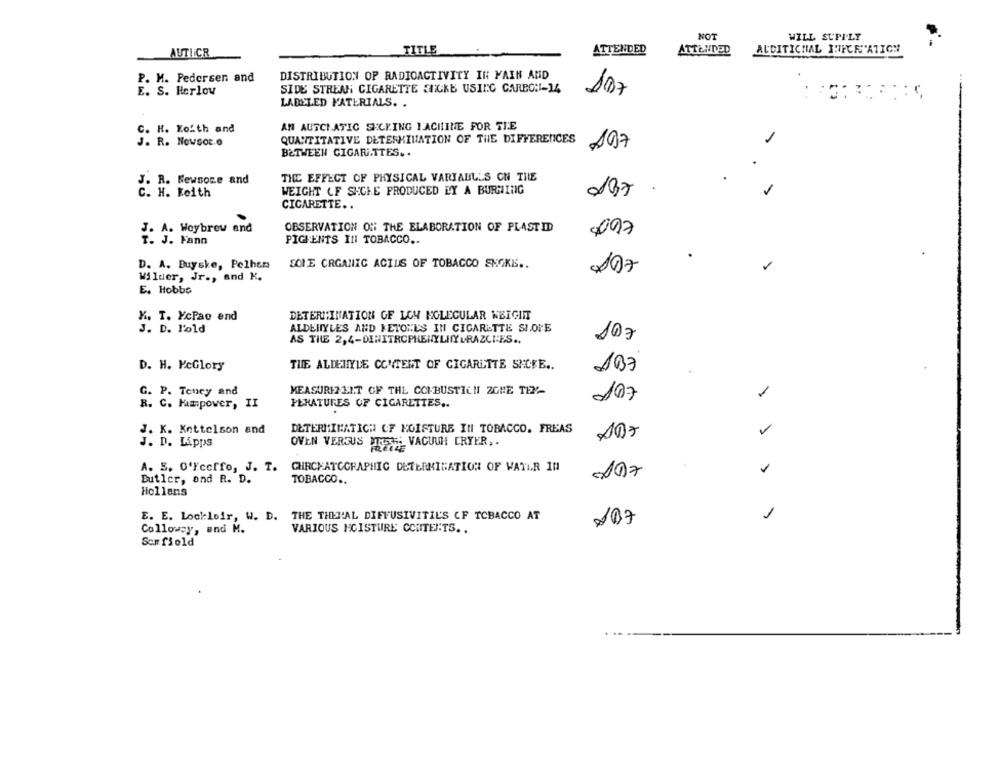
NOT
WILL SUPPLY
AUTIiCR
TITLE
ATTENDED
ATTENDED
AUDITICHAL HICE ATION
DISTRIBUTION OF RADIOACTIVITY IN PAIN AND
P. M. Pedersen and
E. S. Herlow
SIDE STREN CIGARETTE ENCKE USING CARBONI-14
107
LADELED MATERIALS. .
C. H. Koith and
AN AUSCIATIC SECKING LACHINE FOR TIE
QUANTITATIVE DETERMINATION OF THE DIFFERENCES
J. R. Nowsot.O
197
BETWEEN CIGARETTES ..
J. R. Newsowe and
THE EFFECT OF PHYSICAL VARIABLES ON THE
WEIGHT OF SECKE PRODUCED LY A BURNING
C. H. Keith
CIGARETTE ..
J. A. Woybrew and
OBSERVATION ON THE ELABORATION OF PLASTID
097
T. J. Fann
PIGEENTS IN TOBACCO ..
D. A. Buyske, Pelhem
SONE ORGANIC ACIUS OF TOBACCO SMOKE ..
107
Wilder, Jr ., and K.
E. Hobbs
K. T. YcPao end
DETERMINATION OF LOW MOLECULAR WEIGHT
ALDEHYLES AND KETONES IN CIGARETTE SIONE
J. D. l'%ld
AS TILE 2,4-DINITROPHENYLINY GRAZCIES ..
107
THE ALDEHYDE CONTENT OF CIGARETTE SMOKE ..
D. H. PeGlory
107
G. P. Tency and
MEASURE? ELT OF THE COMBUSTICH ZGHE TEX-
PERATURES OF CIGARETTES ..
107
R. C. Mmpower, II
J. K. Kottelson and
DETERMINATION OF KOISTURE IN TOBACCO. FREAS
OVEN VERSUS MTI1; VACUUH DRYER, .
J. D. Kipps
A. S. O'Fccffo, J. T. CHRCHATCGRAPHIC DETERMINATION OF WATER IN
Butler, and R. D.
TOBACCO ..
Hollans
E. E. Lockleir, W. D. THE THEL'AL DIFFUSIVITIL'S CF TOBACCO AT
1
107
Colloway, and M.
VARIOUS MOISTURE CONTENTS ..
Som fiold